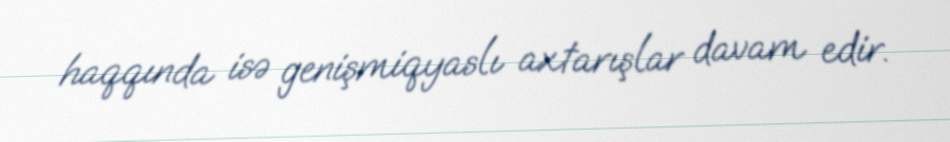
haqqında isə genişmiqyaslı axtarışlar davam edir.